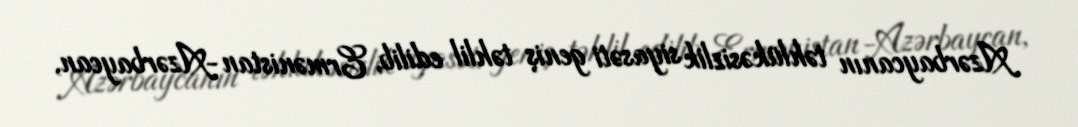
Azərbaycanın təhlükəsizlik siyasəti geniş təhlil edilib, Ermənistan-Azərbaycan,